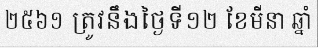
២៥៦១ ត្រូវនឹងថ្ងៃទី១២ ខែមីនា ឆ្នាំ